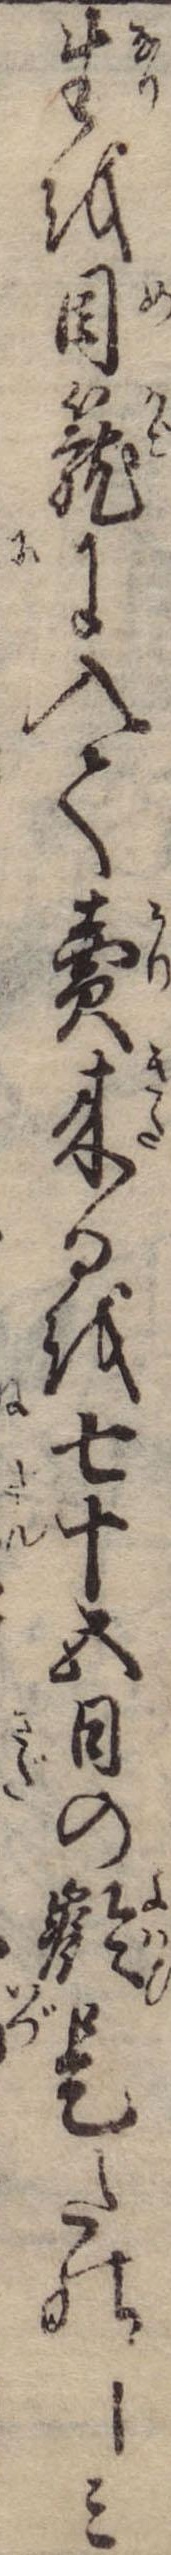
生を目篭に入て売来るを七十五日の齢是たのしみ